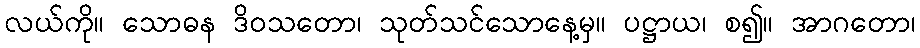
လယ်ကို။ သောဓန ဒိဝသတော၊ သုတ်သင်သောနေ့မှ။ ပဋ္ဌာယ၊ စ၍။ အာဂတော၊